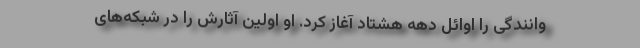
وانندگی را اوائل دهه هشتاد آغاز کرد. او اولین آثارش را در شبکه‌های